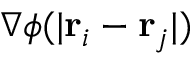
\nabla \phi ( | { \bf r } _ { i } - { \bf r } _ { j } | )